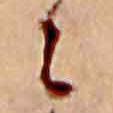
に